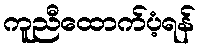
ကူညီထောက်ပံ့ရန်